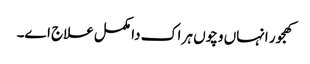
کھجور انہاں وچو‏ں ہر اک دا مکمل علاج ا‏‏ے۔